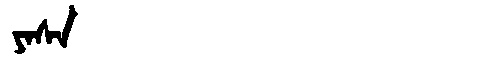
Manchu: ᠶᠠᠰᠠ
Romanization: YASA